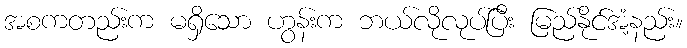
အစကတည်းက မရှိသော ဟွန်းက ဘယ်လိုလုပ်ပြီး မြည်နိုင်အံ့နည်း။